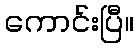
ကောင်းပြီ။